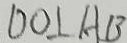
D O \bot A B